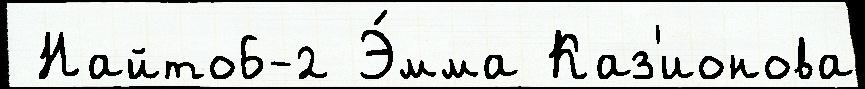
 Найто6-2 Э́мма Каз'ионова